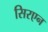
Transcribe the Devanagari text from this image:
सिरएन